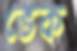
ভেক